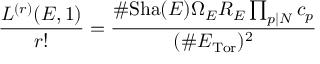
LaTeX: { \frac { L ^ { ( r ) } ( E , 1 ) } { r ! } } = { \frac { \# \mathrm { S h a } ( E ) \Omega _ { E } R _ { E } \prod _ { p | N } c _ { p } } { ( \# E _ { \mathrm { T o r } } ) ^ { 2 } } }